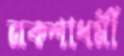
নকশাধর্মী